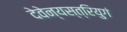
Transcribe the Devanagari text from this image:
देवेन्यस्त्रियुगं